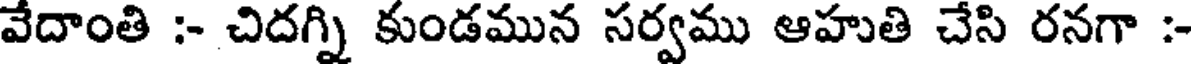
వేదాంతి :- చిదగ్ని కుండమున సర్వము ఆహుతి చేసి రనగా :-